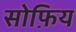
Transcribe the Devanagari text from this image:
सोफ़िय